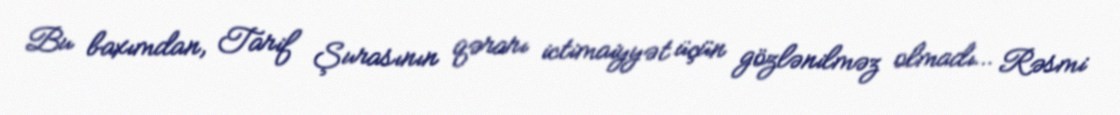
Bu baxımdan, Tarif Şurasının qərarı ictimaiyyət üçün gözlənilməz olmadı… Rəsmi